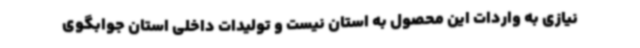
نیازی به واردات این محصول به استان نیست و تولیدات داخلی استان جوابگوی